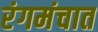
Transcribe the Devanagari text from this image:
रंगमंचात